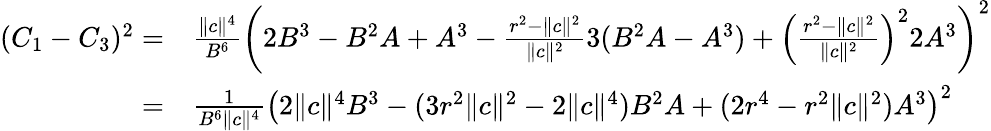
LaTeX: \begin{array}{rl}{(C_{1}-C_{3})^{2}=}&{\frac{\| c\| ^{4}}{B^{6}}\left(2B^{3}-B^{2}A+A^{3}-\frac{r^{2}-\| c\| ^{2}}{\| c\| ^{2}}3(B^{2}A-A^{3})+\left(\frac{r^{2}-\| c\| ^{2}}{\| c\| ^{2}}\right)^{2}2A^{3}\right)^{2}}\\ {=}&{\frac{1}{B^{6}\| c\| ^{4}}\left(2\| c\| ^{4}B^{3}-(3r^{2}\| c\| ^{2}-2\| c\| ^{4})B^{2}A+(2r^{4}-r^{2}\| c\| ^{2})A^{3}\right)^{2}}\end{array}